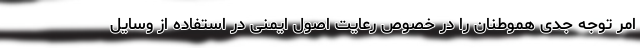
امر توجه جدی هموطنان را در خصوص رعایت اصول ایمنی در استفاده از وسایل